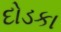
દોડકા